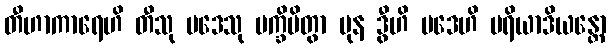
တီဟာကာရေဟိ တီသု ပဒေသု ပက္ခိပိတွာ ပုန ဒွီဟိ ပဒေဟိ ပရိယာဒိယန္တော